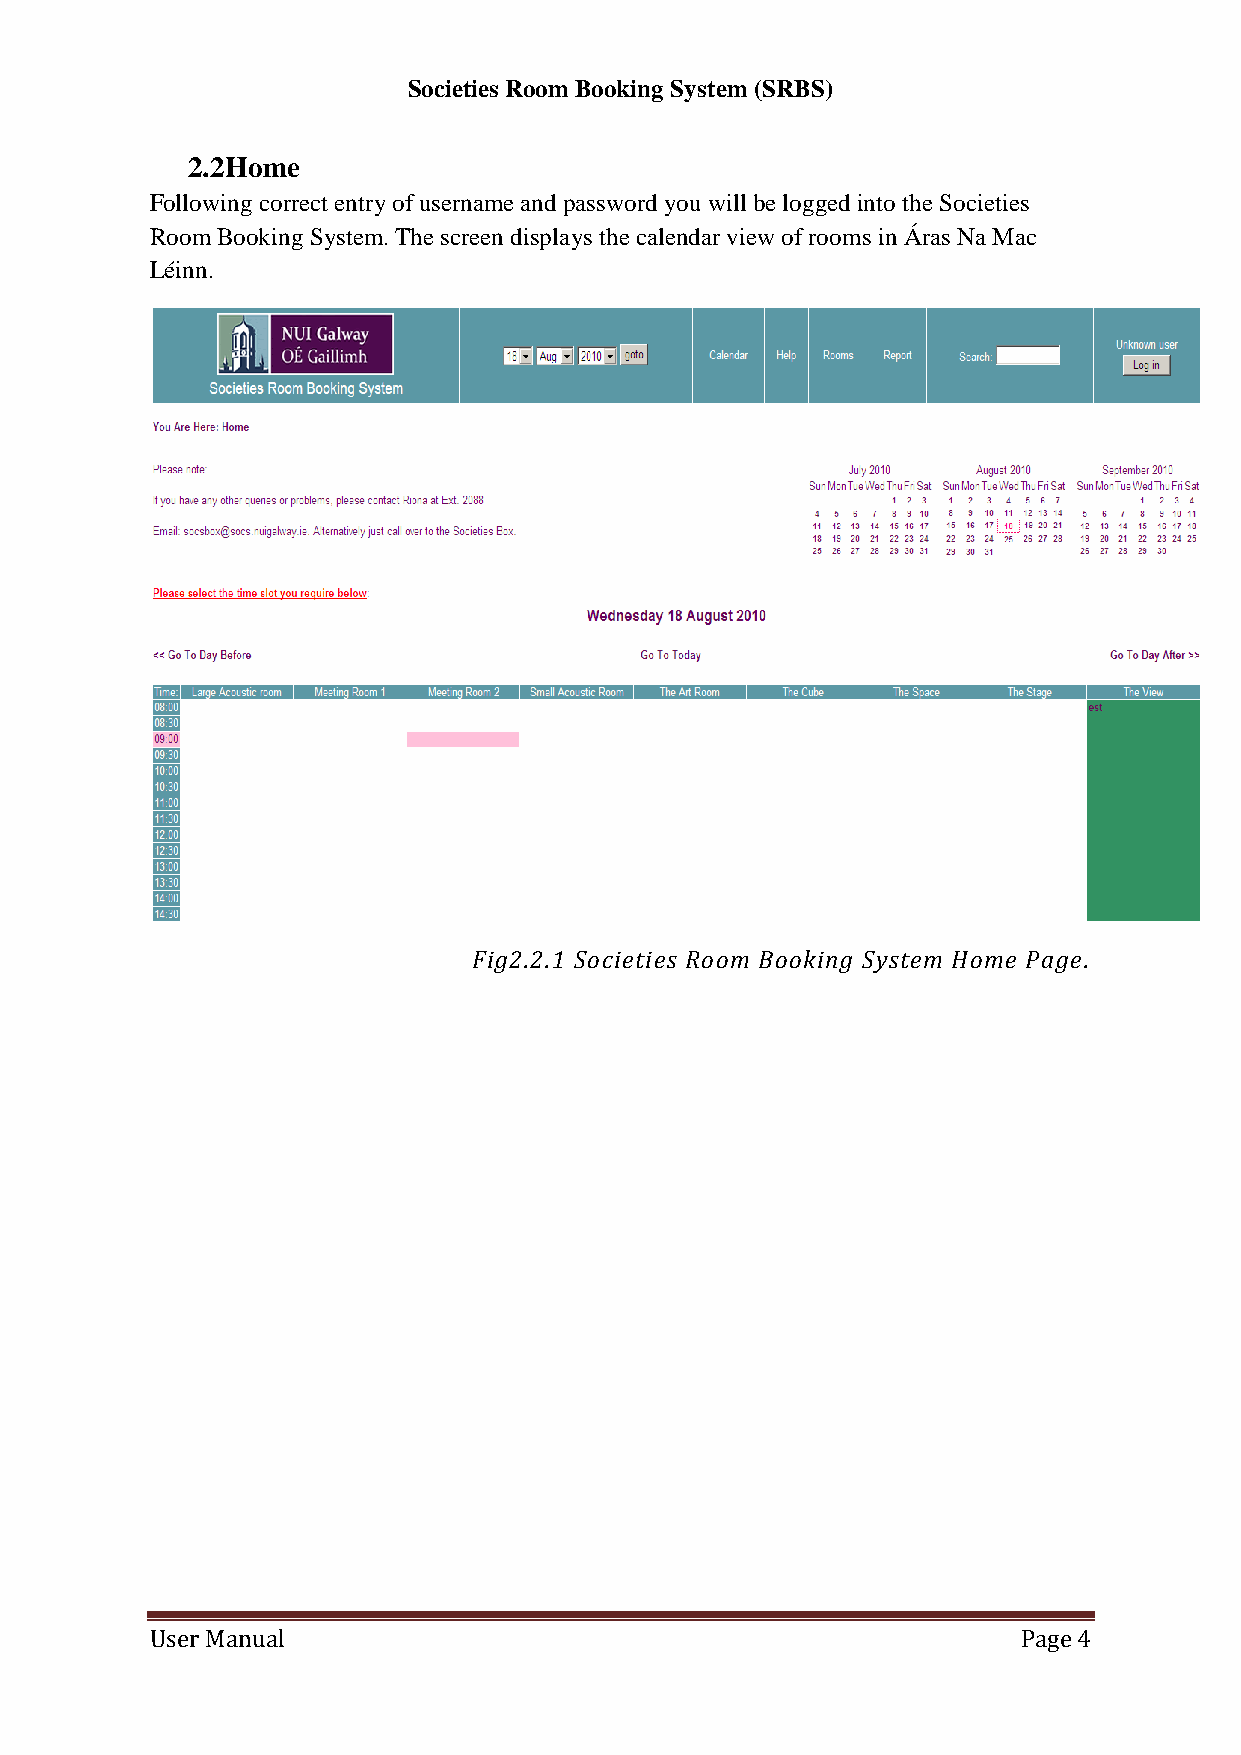
Societies Room Booking System (SRBS)
 2.2 Home
 Following correct entry of username and password you will be logged into the Societies
 Room Booking System. The screen displays the calendar view of rooms in Áras Na Mac
 Léinn.
 Fig2.2.1 Societies Room Booking System Home Page.
 User Manual                                               Page 4